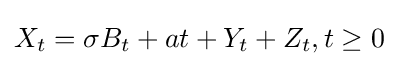
X_{t}=\sigma B_{t}+at+Y_{t}+Z_{t},t\geq 0